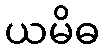
ယမိဓ